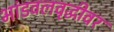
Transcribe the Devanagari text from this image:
भांडवलवृद्धीवर